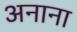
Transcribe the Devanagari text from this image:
अनाना